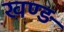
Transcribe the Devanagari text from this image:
खण्ड़